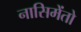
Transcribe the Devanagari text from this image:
नासिमेंतो